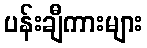
ပန်းချီကားများ